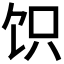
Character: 𬲬